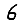
Digit: 6